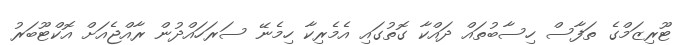
ޓޫރިޒަމްގެ ތަފާސް ހިސާބުތައް ދައްކާ ގޮތުގައި އެމެރިކާ ހިމެނޭ ސަރަހައްދުން ރާއްޖެއަށް އޮކްޓޫބަރު